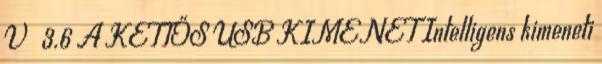
V 3.6 A KETTŐS USB KIMENET Intelligens kimeneti